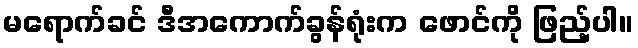
မရောက်ခင် ဒီအကောက်ခွန်ရုံးက ဖောင်ကို ဖြည့်ပါ။